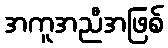
အကူအညီအဖြစ်